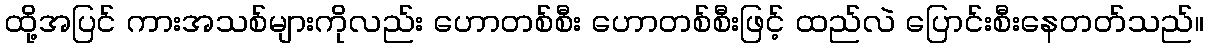
ထို့အပြင် ကားအသစ်များကိုလည်း ဟောတစ်စီး ဟောတစ်စီးဖြင့် ထည်လဲ ပြောင်းစီးနေတတ်သည်။